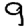
Digit: 9